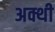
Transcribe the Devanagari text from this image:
अक्थी